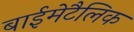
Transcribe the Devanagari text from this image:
बाईमेटैलिक